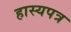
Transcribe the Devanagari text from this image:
हास्यपत्र